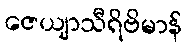
ဇေယျာသီရိဗိမာန်